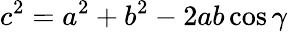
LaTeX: c^{2}=a^{2}+b^{2}-2ab\cos\gamma